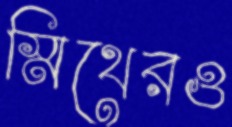
স্মিথেরও